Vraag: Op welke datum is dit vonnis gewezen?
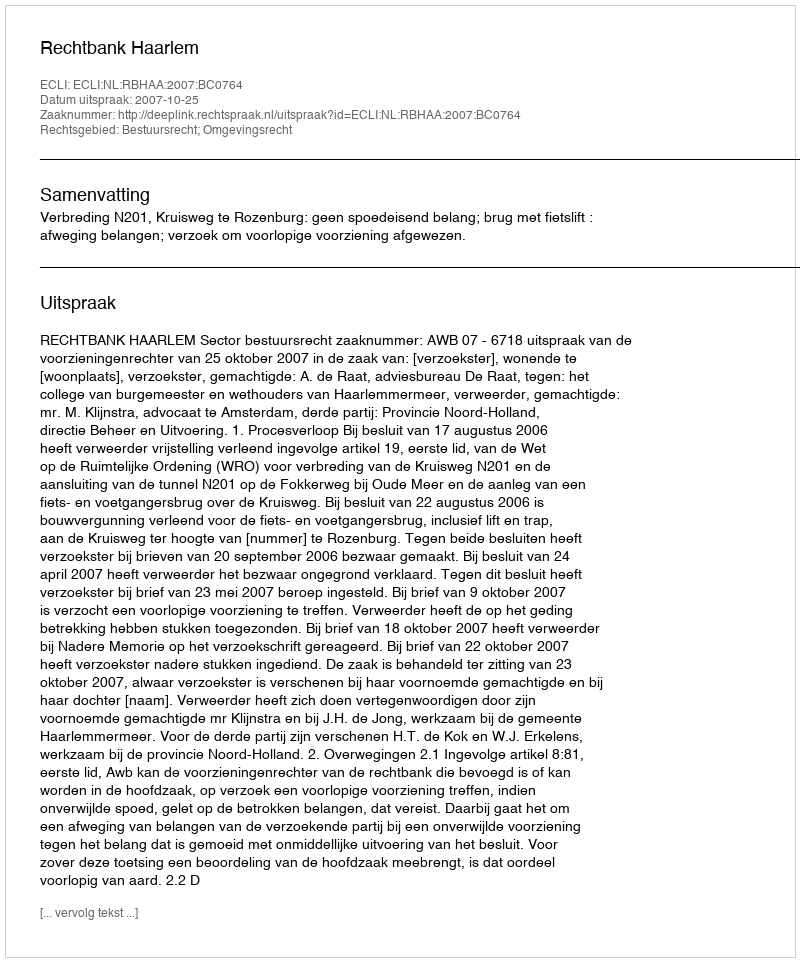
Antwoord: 2007-10-25